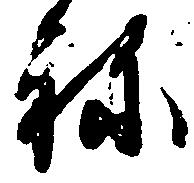
ね